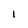
Character: l